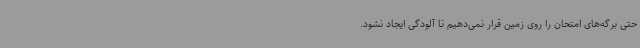
حتی برگه‌های امتحان را روی زمین قرار نمی‌دهیم تا آلودگی ایجاد نشود.